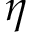
\eta